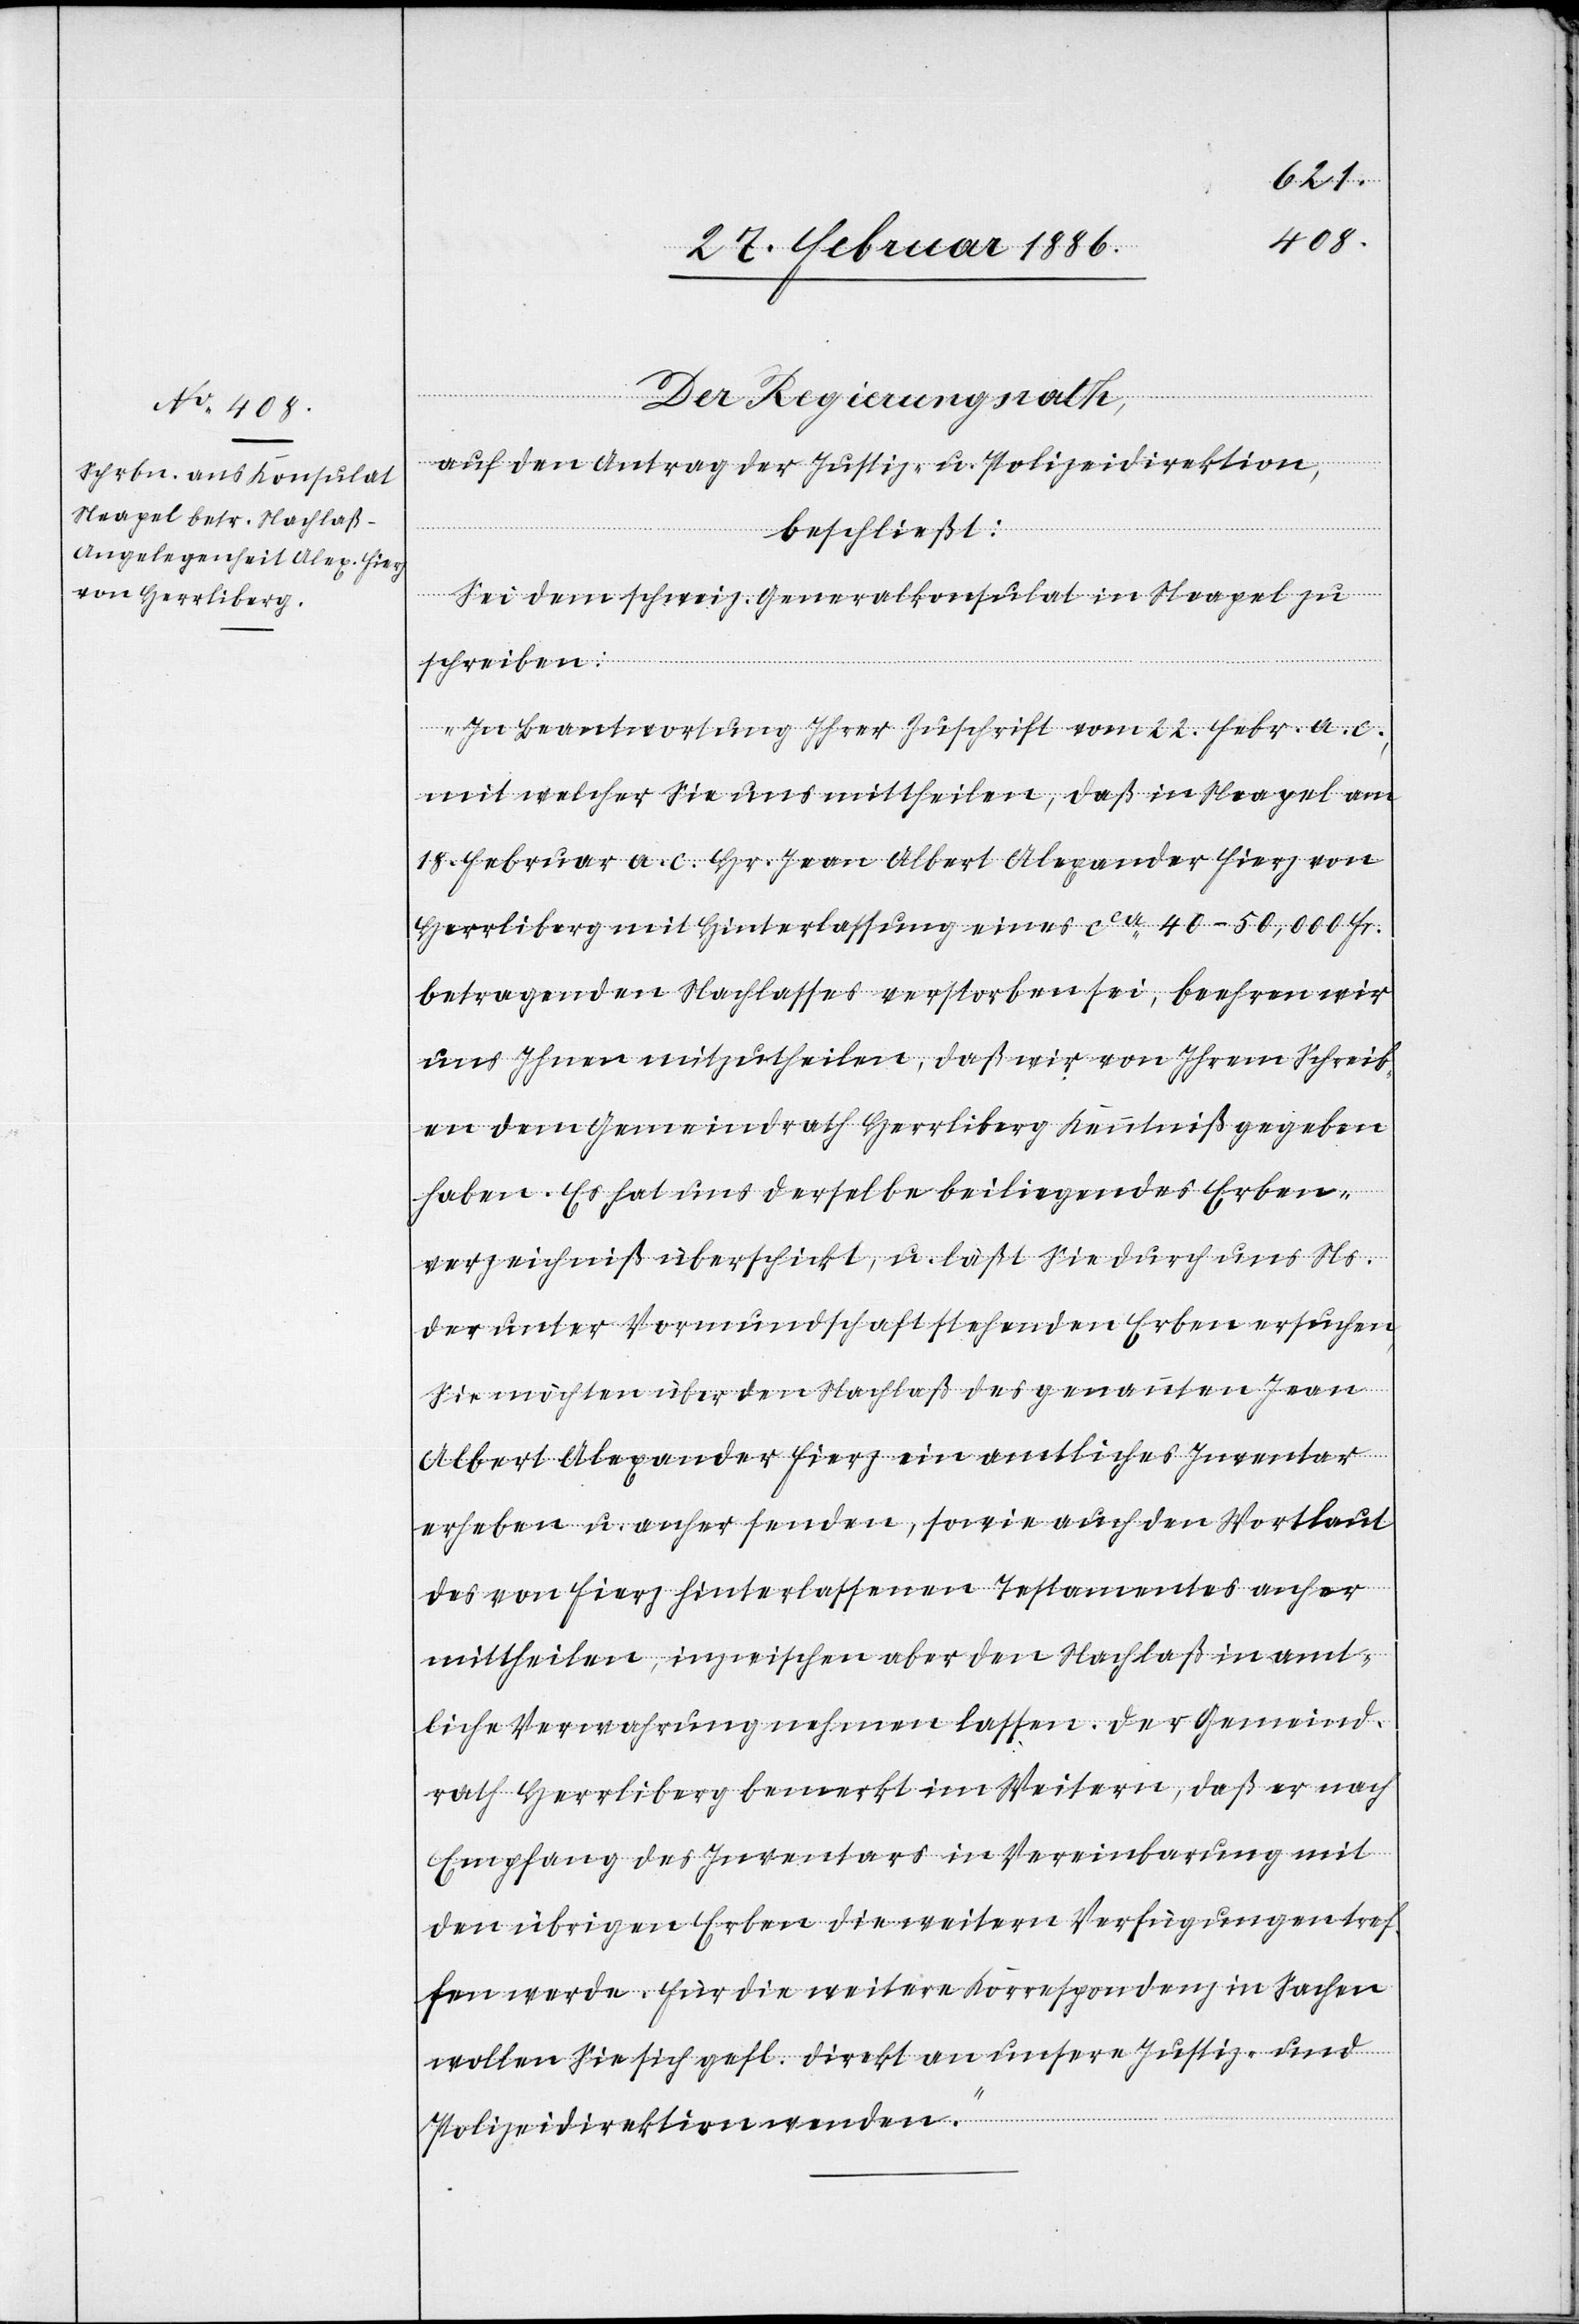
4.
Der Regierungsrath,
auf den Antrag der Justiz- u. Polizeidirektion,
beschließt:
Sei dem schweiz. Generalkonsulat in Neapel zu
schreiben:
„In Beantwortung Ihrer Zuschrift vom 2. Febr. a. c.
mit welcher Sie uns mittheilen, daß in Neapel am
18. Februar a. c. Hr. Jean Albert Alexander Fierz von
Herrliberg mit Hinterlassung eines cca 40–50,000 Fr.
betragenden Nachlasses verstorben sei, beehren wir
uns Ihnen mitzutheilen, daß wir von Ihrem Schreib¬
en dem Gemeindrath Herrliberg Kenntniß gegeben
haben. Es hat uns derselbe beiliegendes Erben¬
verzeichniß überschickt, u. läßt Sie durch uns Ns.
der unter Vormundschaft stehenden Erben ersuchen,
Sie möchten über den Nachlaß des genannten Jean
Albert Alexander Fierz ein amtliches Inventar
erheben u. anher senden, sowie auch den Wortlaut
des von Fierz hinterlassenen Testamentes anher
mittheilen, inzwischen aber den Nachlaß in amt¬
liche Verwahrung nehmen lassen. Der Gemeinde¬
rath Herrliberg bemerkt im Weitern, daß er nach
Empfang des Inventars in Vereinbarung mit
den übrigen Erben die weitern Verfügungen tref¬
fen werde. Für die weitere Korrespondenz in Sachen
wollen Sie sich gefl. direkt an unsere Justiz- und
Polizeidirektion wenden.“